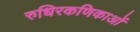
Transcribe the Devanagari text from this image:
रुधिरकणिकाओं